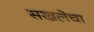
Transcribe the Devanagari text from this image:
सखलेचा